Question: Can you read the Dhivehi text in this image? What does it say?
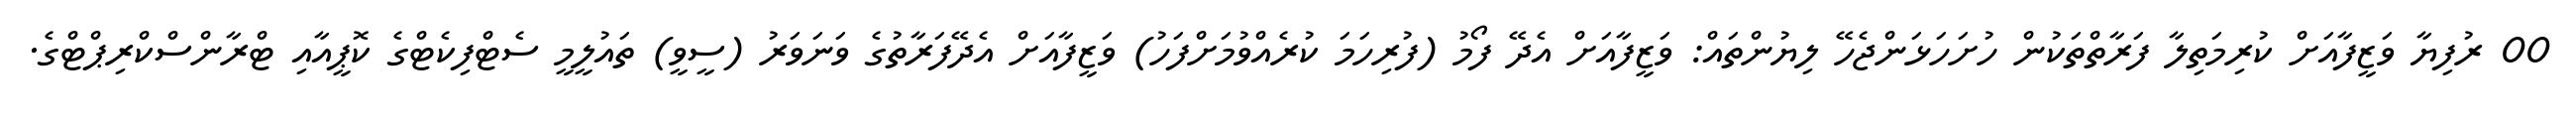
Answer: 00 ރުފިޔާ ވަޒީފާއަށް ކުރިމަތިލާ ފަރާތްތަކުން ހުށަހަޅަންޖެހޭ ލިޔުންތައް: ވަޒީފާއަށް އެދޭ ފޯމު (ފުރިހަމަ ކުރެއްވުމަށްފަހު) ވަޒީފާއަށް އެދޭފަރާތުގެ ވަނަވަރު (ސީވީ) ތައުލީމީ ސެޓްފިކެޓްގެ ކޮޕީއާއި ޓްރާންސްކްރިޕްޓްގެ.